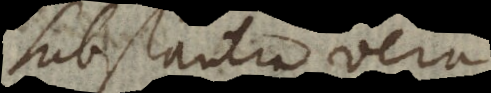
substantia vera